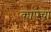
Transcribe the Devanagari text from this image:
कापेचा